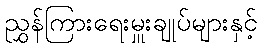
ညွှန်ကြားရေးမှူးချုပ်များနှင့်